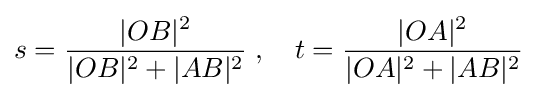
s={\frac {|OB|^{2}}{|OB|^{2}+|AB|^{2}}}\;,\quad t={\frac {|OA|^{2}}{|OA|^{2}+|AB|^{2}}}\;